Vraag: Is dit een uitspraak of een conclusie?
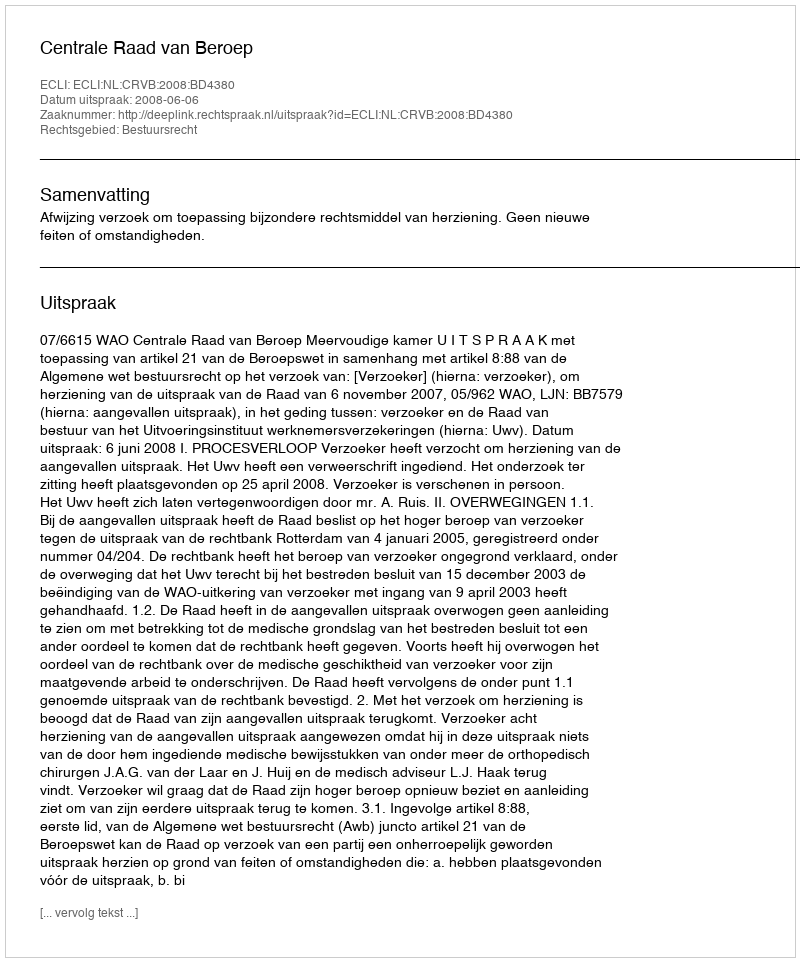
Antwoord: Uitspraak